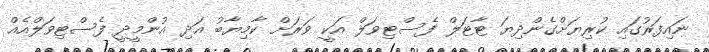
ނައިފަރުގައި ކުރިޔަށްގެންދިޔަ ޓާޓަލް ފެސްޓިވަލް އަކީ ވަރަށް ކާމިޔާބު އަދި އުންމީދީ ފެސްޓިވަލްއެއް